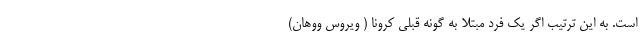
است‌. به این ترتیب اگر یک فرد مبتلا به گونه قبلی کرونا ( ویروس ووهان)